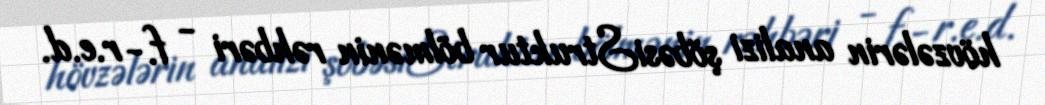
hövzələrin analizi şöbəsiStruktur bölmənin rəhbəri - f.- r.e.d.